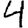
Digit: 4